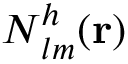
\boldsymbol { N } _ { l m } ^ { h } ( { \bf r } )